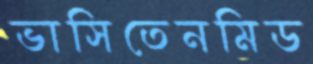
ভাসিতেনমিড